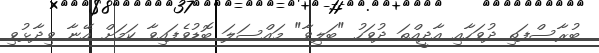
ބުރާސްފަތި ދުވަހާއި އާދީއްތަ ދުވަހު "ބަލިވާ" މައްސަލަ ބޮޑުވެފައިވާ ކަމަށް އޭނާ ވިދާޅުވި